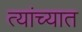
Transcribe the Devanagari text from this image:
त्‍यांच्‍यात